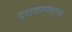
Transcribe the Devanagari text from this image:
दशकामधल्या